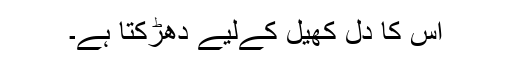
اس کا دِل کھیل کےلیے دھڑکتا ہے۔